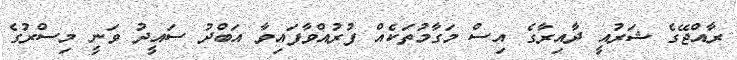
ރާއްޖޭގެ ޝަރުއީ ދާއިރާގެ އިސް މަގާމުތަކެއް ފުރުއްވާފައިވާ އަބްދު ސައީދު ވަނީ މިސްރުގެ